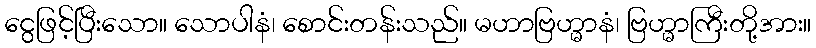
ငွေဖြင့်ပြီးသော။ သောပါနံ၊ စောင်းတန်းသည်။ မဟာဗြဟ္မာနံ၊ ဗြဟ္မာကြီးတို့အား။